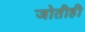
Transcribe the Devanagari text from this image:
जोतीही